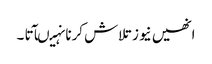
انھیں نیوز تلاش کرنا نہیںآتا ۔